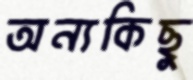
অন্যকিছু